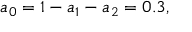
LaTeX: a _ { 0 } = 1 - a _ { 1 } - a _ { 2 } = 0 . 3 ,